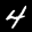
Label: 4